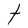
Character: t